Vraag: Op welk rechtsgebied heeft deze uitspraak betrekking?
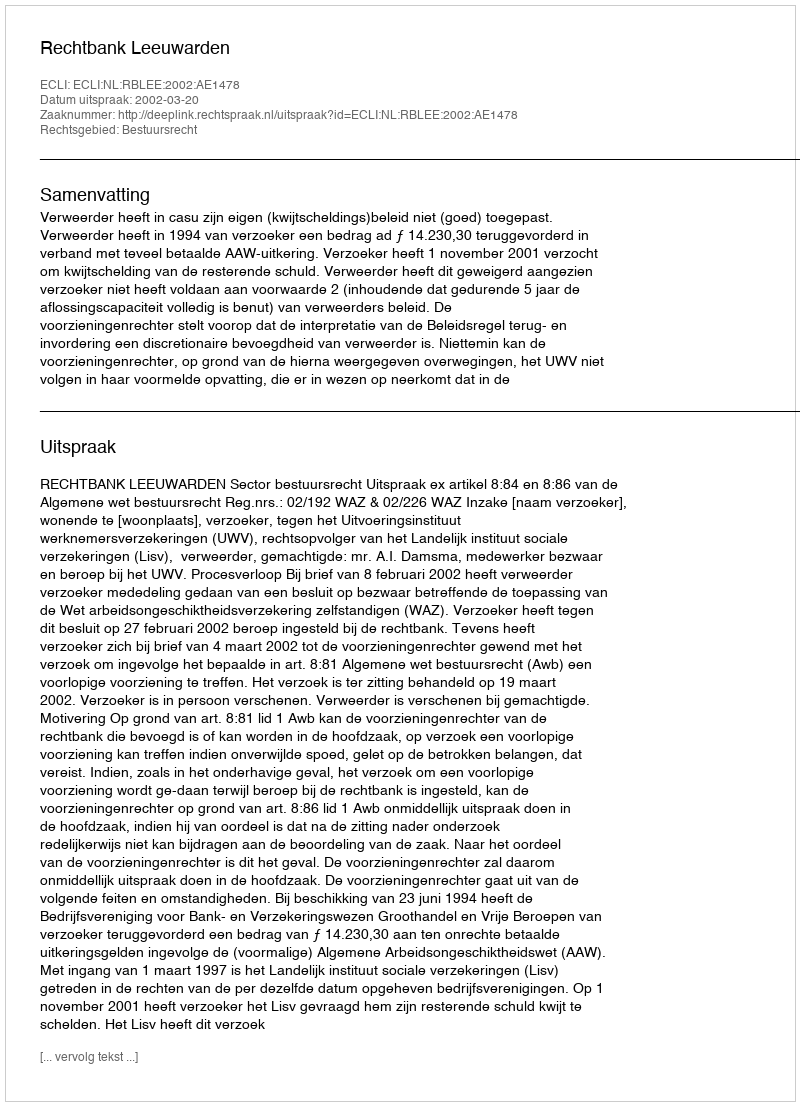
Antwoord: Bestuursrecht